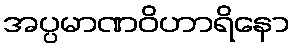
အပ္ပမာဏဝိဟာရိနော